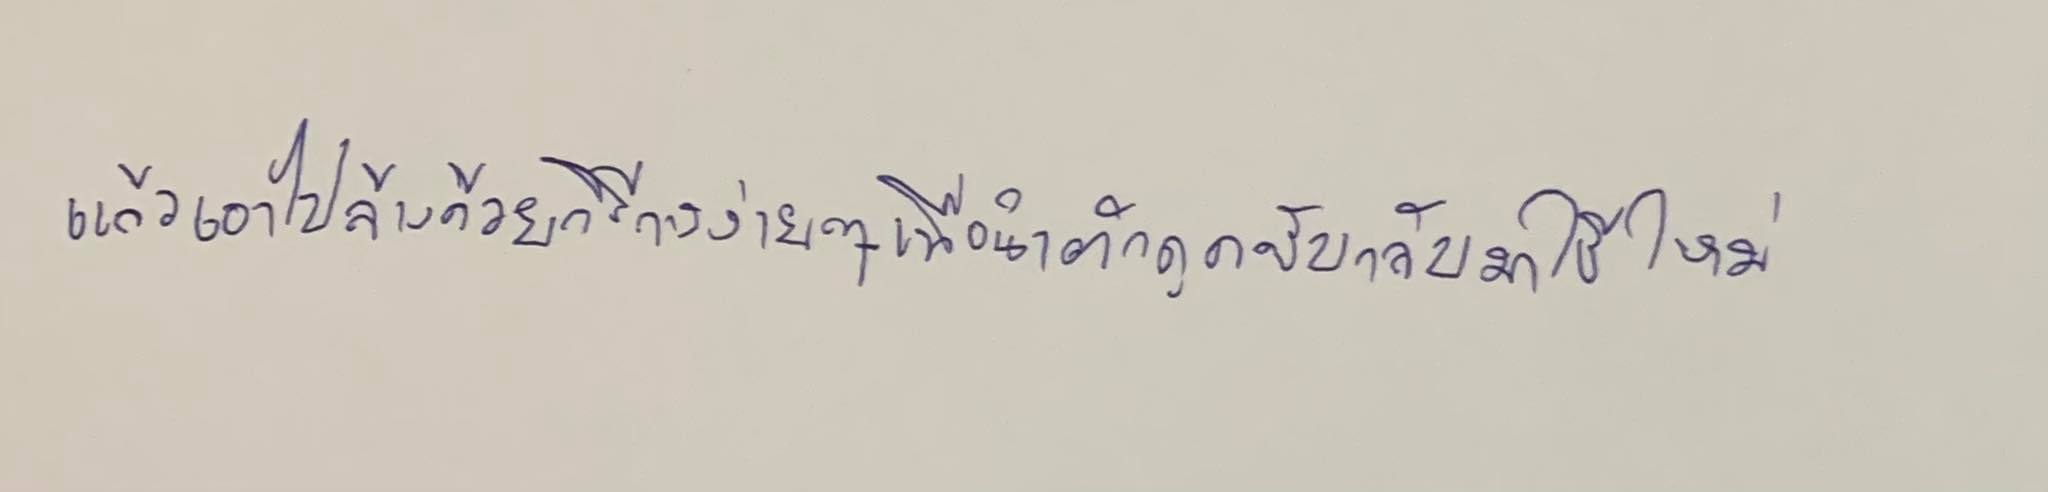
แล้วเอาไปล้างด้วยวิธีการง่ายๆเพื่อนำเอาตัวดูดซับกลับมาใช้ใหม่